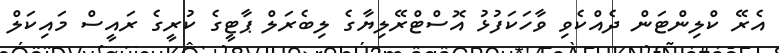
އެރޭ ކްލިންޓަން ދެއްކެވި ވާހަކަފުޅު އޮސްޓްރޭލިޔާގެ ލިބެރަލް ޕާޓީގެ ކުރީގެ ރައީސް މައިކަލް